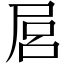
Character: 𡱶